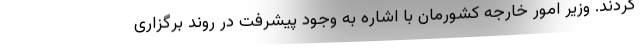
کردند. وزیر امور خارجه کشورمان با اشاره به وجود پیشرفت در روند برگزاری